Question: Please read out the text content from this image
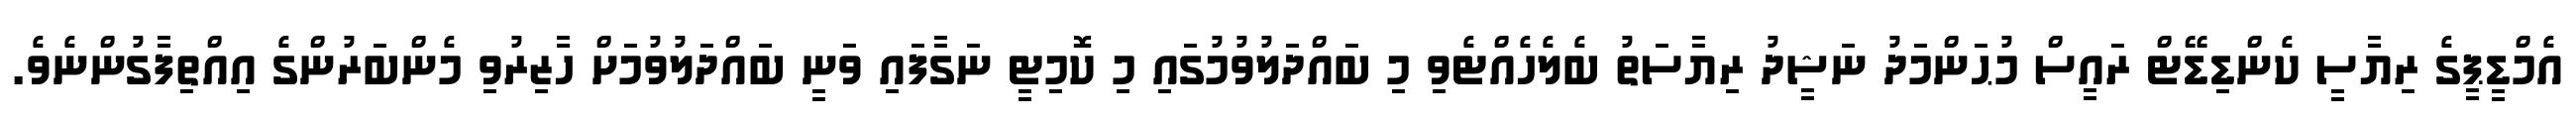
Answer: އެމްޑީޕީގެ ރިޔާސީ ކެންޑިޑޭޓް ރައީސް މުޙަންމަދު ނަޝީދު ރިޔާސަތު ބެލެހެއްޓެވި މި ބައްދަލުވުމުގައި މި ކޮމިޓީ ނަގާފައި ވަނީ ބައްދަލުވުމަށް ހާޒިރުވި މެންބަރުންގެ އިއްތިފާގުންނެވެ.